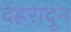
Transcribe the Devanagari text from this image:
देह्ररादून